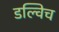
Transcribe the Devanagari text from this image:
डल्विच